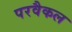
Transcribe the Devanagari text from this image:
परवैकल